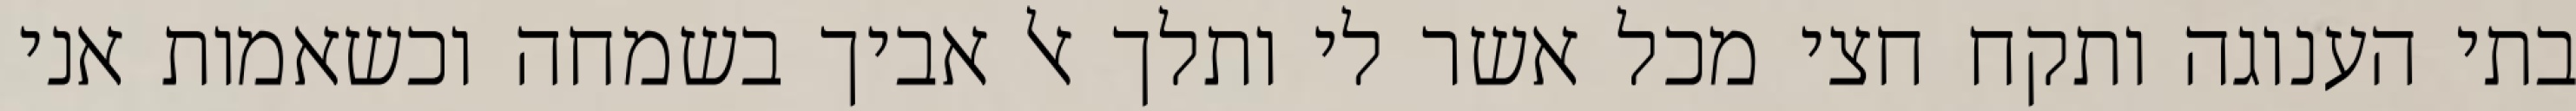
בתי הענוגה ותקח חצי מכל אשר לי ותלך אל אביך בשמחה וכשאמות אני